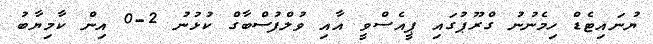
ޔުނައިޓެޑް ހިމެނުނު ގްރޫޕުގައި ޕީއެސްވީ އާއި ވުލްފުސްބާގް ކުޅުނު 2-0 އިން ކާމިޔާބު